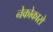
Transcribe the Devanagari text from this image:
नेकोकारो